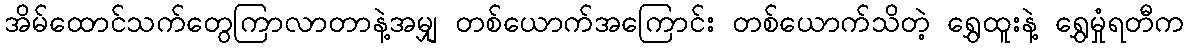
အိမ်ထောင်သက်တွေကြာလာတာနဲ့အမျှ တစ်ယောက်အကြောင်း တစ်ယောက်သိတဲ့ ရွှေထူးနဲ့ ရွှေမှုံရတီက